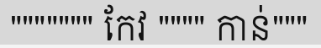
""""""" កែវ """" កាន់"""